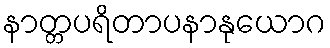
နာတ္တပရိတာပနာနုယောဂ